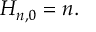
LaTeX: H _ { n , 0 } = n .